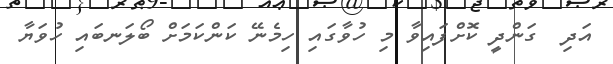
އަދި  ގަންދީ ކޮށްފައިވާ މި ހުވާގައި ހިމެނޭ ކަންކަމަށް ބޯލަނބައި ހުވަޔާ